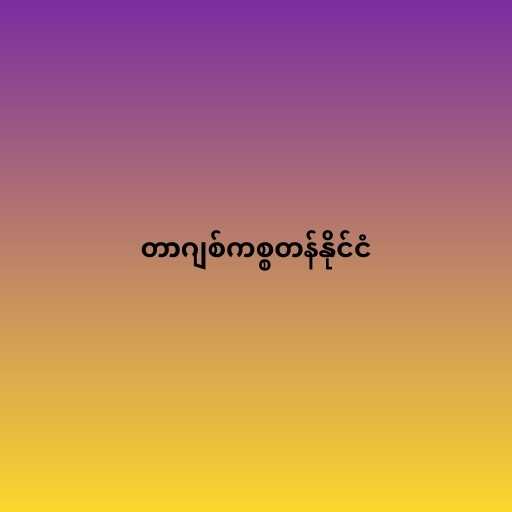
တာဂျစ်ကစ္စတန်နိုင်ငံ